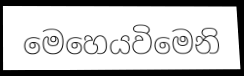
මෙහෙයවිමෙනි